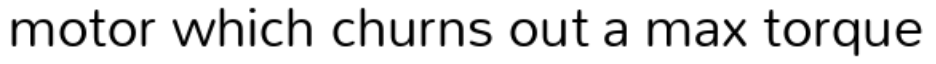
motor which churns out a max torque